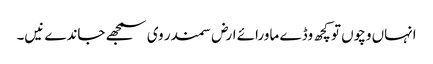
انہاں وچو‏ں تو کچھ وڈے ماورائے ارض سمندر وی سمجھ‏‏ے جاندے نیں۔